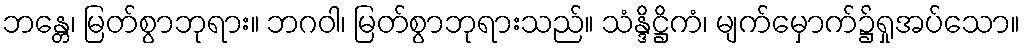
ဘန္တေ၊ မြတ်စွာဘုရား။ ဘဂဝါ၊ မြတ်စွာဘုရားသည်။ သံန္ဒိဋ္ဌိကံ၊ မျက်မှောက်၌ရှုအပ်သော။